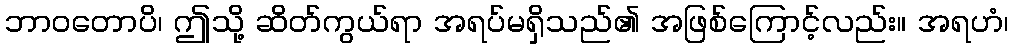
ဘာဝတောပိ၊ ဤသို့ ဆိတ်ကွယ်ရာ အရပ်မရှိသည်၏ အဖြစ်ကြောင့်လည်း။ အရဟံ၊